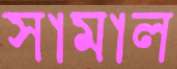
সামাল